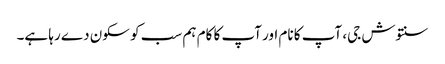
سنتوش جی، آپ کا نام اور آپ کا کام ہم سب کو سکون دے رہا ہے۔